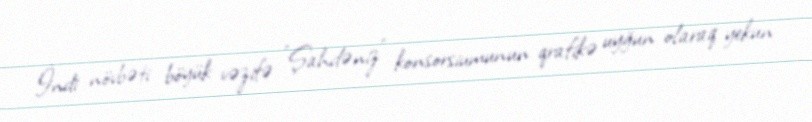
İndi növbəti böyük vəzifə ”Şahdəniz" konsorsiumunun qrafikə uyğun olaraq yekun